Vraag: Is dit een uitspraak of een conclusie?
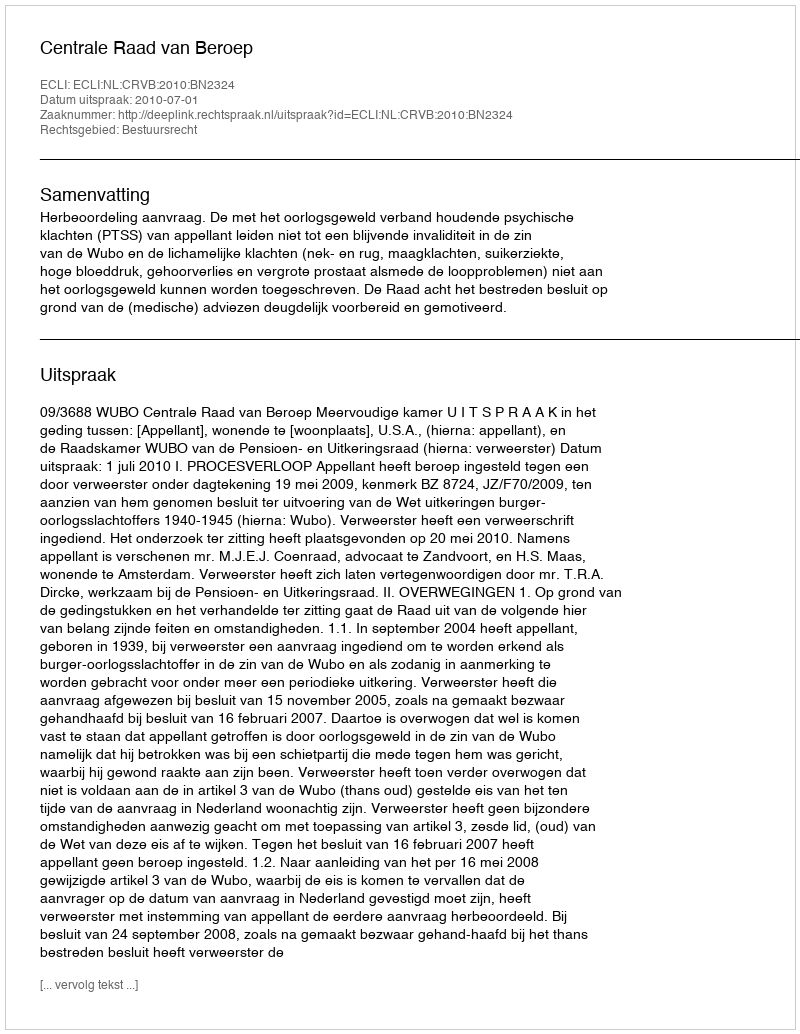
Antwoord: Uitspraak